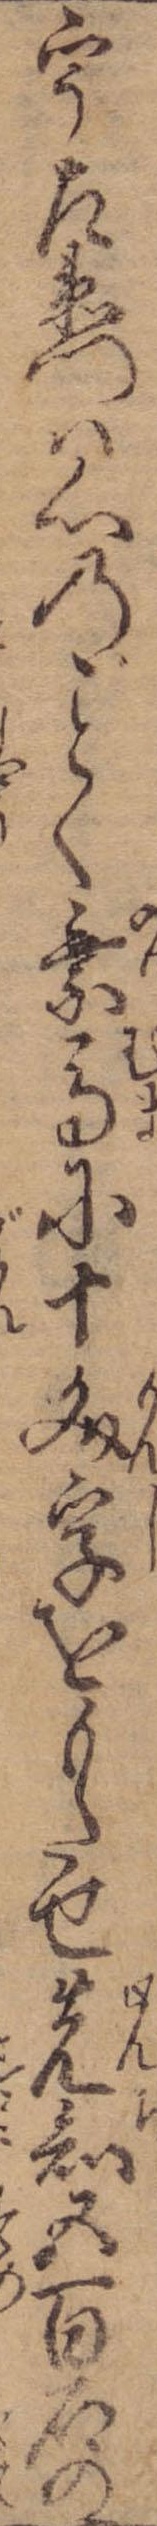
宇左衛門は心のく乗馬に十文字をもたせ先知五百石の